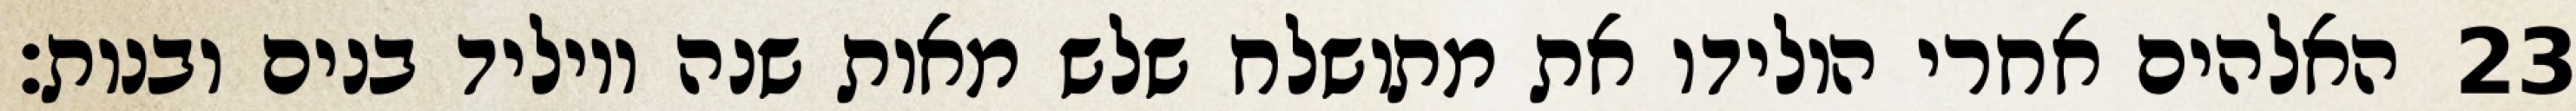
האלהים אחרי הולידו את מתושלח שלש מאות שנה ויוליד בנים ובנות׃ ‎23‏